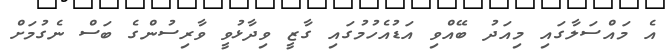
އެ މައްސަލާގައި މިއަދު ބޭއްވި އަޑުއެހުމުގައި ގާޒީ ވިދާޅުވީ ވާރިސުންގެ ބަސް ނެގުމަށް